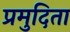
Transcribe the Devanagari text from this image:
प्रमुदिता